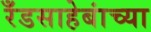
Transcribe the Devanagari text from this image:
रँडसाहेबांच्या